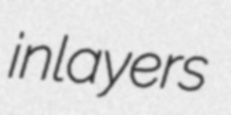
inlayers